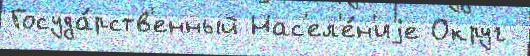
Госуда́рств'енный Нас'ел'е́н'иjе Округ